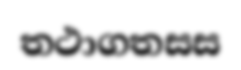
තථාගතසස